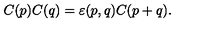
C ( p ) C ( q ) = \varepsilon ( p , q ) C ( p + q ) .